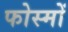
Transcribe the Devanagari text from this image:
फोस्मों